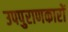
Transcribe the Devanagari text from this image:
उपपुराणकारों